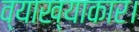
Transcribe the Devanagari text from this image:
व्याख्याकार।